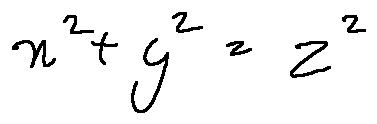
x ^ { 2 } + y ^ { 2 } = z ^ { 2 }